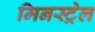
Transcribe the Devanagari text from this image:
मिनस्ट्रेल